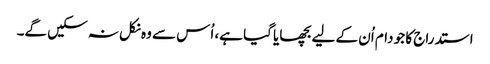
استدراج کا جو دام اُن کے لیے بچھایا گیا ہے، اُس سے وہ نکل نہ سکیں گے۔